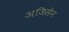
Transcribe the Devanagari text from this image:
अजिसेन